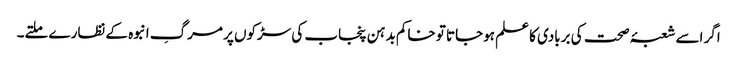
اگر اسے شعبۂ صحت کی بربادی کا علم ہوجاتا تو خاکم بدہن پنجاب کی سڑکوں پر مرگِ انبوہ کے نظارے ملتے۔